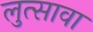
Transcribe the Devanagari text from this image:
लुत्सावा